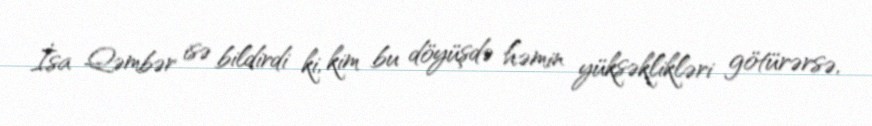
İsa Qəmbər isə bildirdi ki, kim bu döyüşdə həmin yüksəklikləri götürərsə,